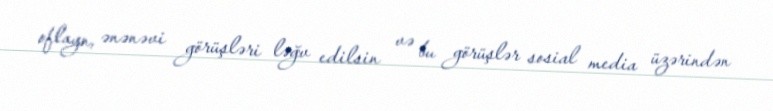
oflayn, ənənəvi görüşləri ləğv edilsin və bu görüşlər sosial media üzərindən